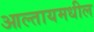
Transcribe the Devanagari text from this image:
आल्तायमधील